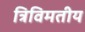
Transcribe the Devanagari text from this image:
त्रिविमतीय